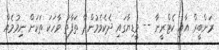
ރަންބީރް އާއި ކެޓްރީނާ -- މީޑިޔާގައި ދެކެވެމުންދާ ތަފާތު ވާހަކަ ތަކަށް ނިމުމެއް